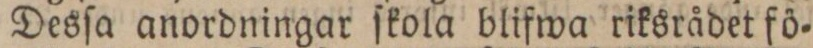
Desſa anordningar ſkola blifwa riksrådet fö=